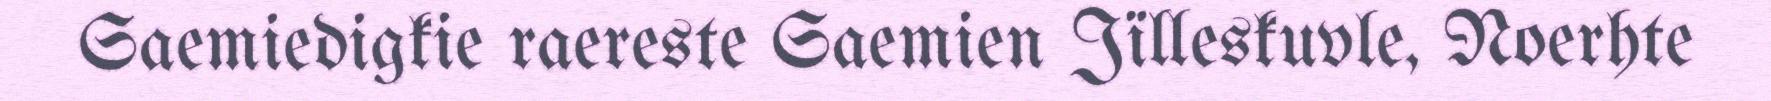
Saemiedigkie raereste Saemien Jïlleskuvle, Noerhte